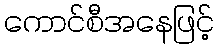
ကောင်စီအနေဖြင့်